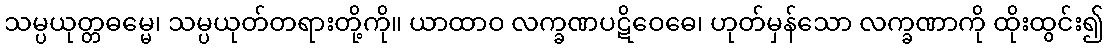
သမ္ပယုတ္တဓမ္မေ၊ သမ္ပယုတ်တရားတို့ကို။ ယာထာဝ လက္ခဏပဋိဝေဓေ၊ ဟုတ်မှန်သော လက္ခဏာကို ထိုးထွင်း၍